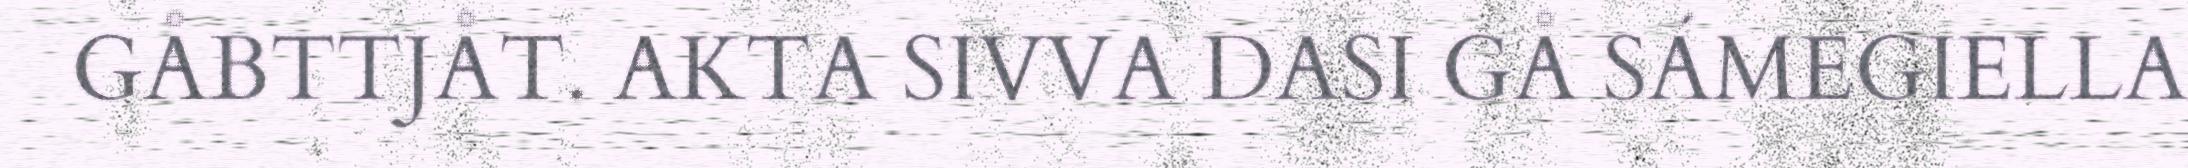
GÅBTTJÅT. AKTA SIVVA DASI GÅ SÁMEGIELLA